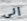
إلى